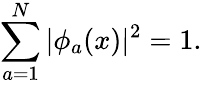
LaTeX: \sum_{a=1}^{N}|\phi_{a}(x)|^{2}=1.